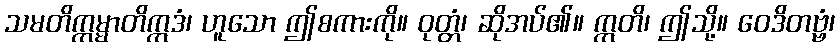
သမတိက္ကမ္မာတိဣဒံ၊ ဟူသော ဤစကားကို။ ဝုတ္တံ၊ ဆိုအပ်၏။ ဣတိ၊ ဤသို့။ ဝေဒိတဗ္ဗံ၊